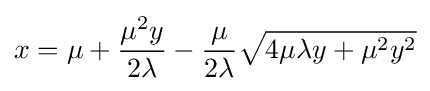
x=\mu +{\frac {\mu ^{2}y}{2\lambda }}-{\frac {\mu }{2\lambda }}{\sqrt {4\mu \lambda y+\mu ^{2}y^{2}}}